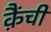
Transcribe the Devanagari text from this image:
क़ैंची